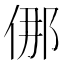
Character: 㑚